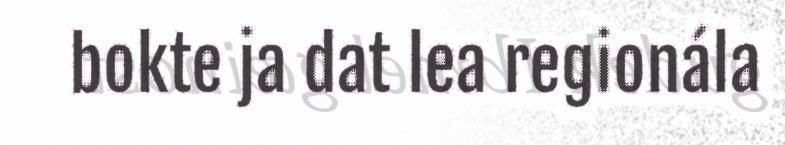
bokte ja dat lea regionála